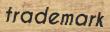
trademark